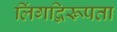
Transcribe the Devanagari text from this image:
लिंगद्विरूपता